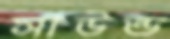
সাউন্ড